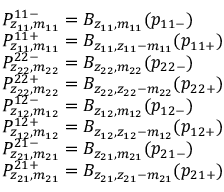
\begin{array} { r l } & { P _ { z _ { 1 1 } , m _ { 1 1 } } ^ { 1 1 - } = B _ { z _ { 1 1 } , m _ { 1 1 } } ( p _ { 1 1 - } ) } \\ & { P _ { z _ { 1 1 } , m _ { 1 1 } } ^ { 1 1 + } = B _ { z _ { 1 1 } , z _ { 1 1 } - m _ { 1 1 } } ( p _ { 1 1 + } ) } \\ & { P _ { z _ { 2 2 } , m _ { 2 2 } } ^ { 2 2 - } = B _ { z _ { 2 2 } , m _ { 2 2 } } ( p _ { 2 2 - } ) } \\ & { P _ { z _ { 2 2 } , m _ { 2 2 } } ^ { 2 2 + } = B _ { z _ { 2 2 } , z _ { 2 2 } - m _ { 2 2 } } ( p _ { 2 2 + } ) } \\ & { P _ { z _ { 1 2 } , m _ { 1 2 } } ^ { 1 2 - } = B _ { z _ { 1 2 } , m _ { 1 2 } } ( p _ { 1 2 - } ) } \\ & { P _ { z _ { 1 2 } , m _ { 1 2 } } ^ { 1 2 + } = B _ { z _ { 1 2 } , z _ { 1 2 } - m _ { 1 2 } } ( p _ { 1 2 + } ) } \\ & { P _ { z _ { 2 1 } , m _ { 2 1 } } ^ { 2 1 - } = B _ { z _ { 2 1 } , m _ { 2 1 } } ( p _ { 2 1 - } ) } \\ & { P _ { z _ { 2 1 } , m _ { 2 1 } } ^ { 2 1 + } = B _ { z _ { 2 1 } , z _ { 2 1 } - m _ { 2 1 } } ( p _ { 2 1 + } ) } \end{array}